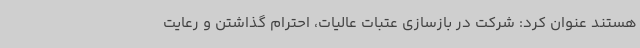
هستند عنوان کرد: شرکت در بازسازی عتبات عالیات، احترام گذاشتن و رعایت